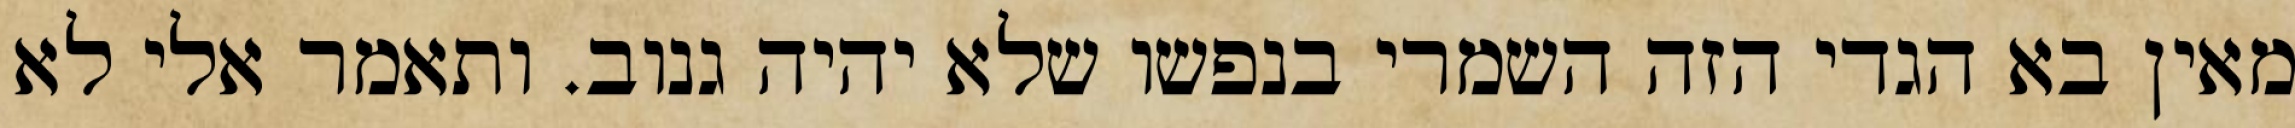
מאין בא הגדי הזה השמרי בנפשו שלא יהיה גנוב. ותאמר אלי לא